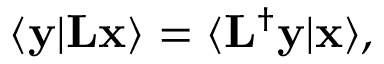
\langle \mathbf { y } \vert \mathbf { L x } \rangle = \langle \mathbf { L } ^ { \dagger } \mathbf { y } \vert \mathbf { x } \rangle ,